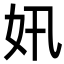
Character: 㚨